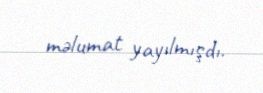
məlumat yayılmışdı.